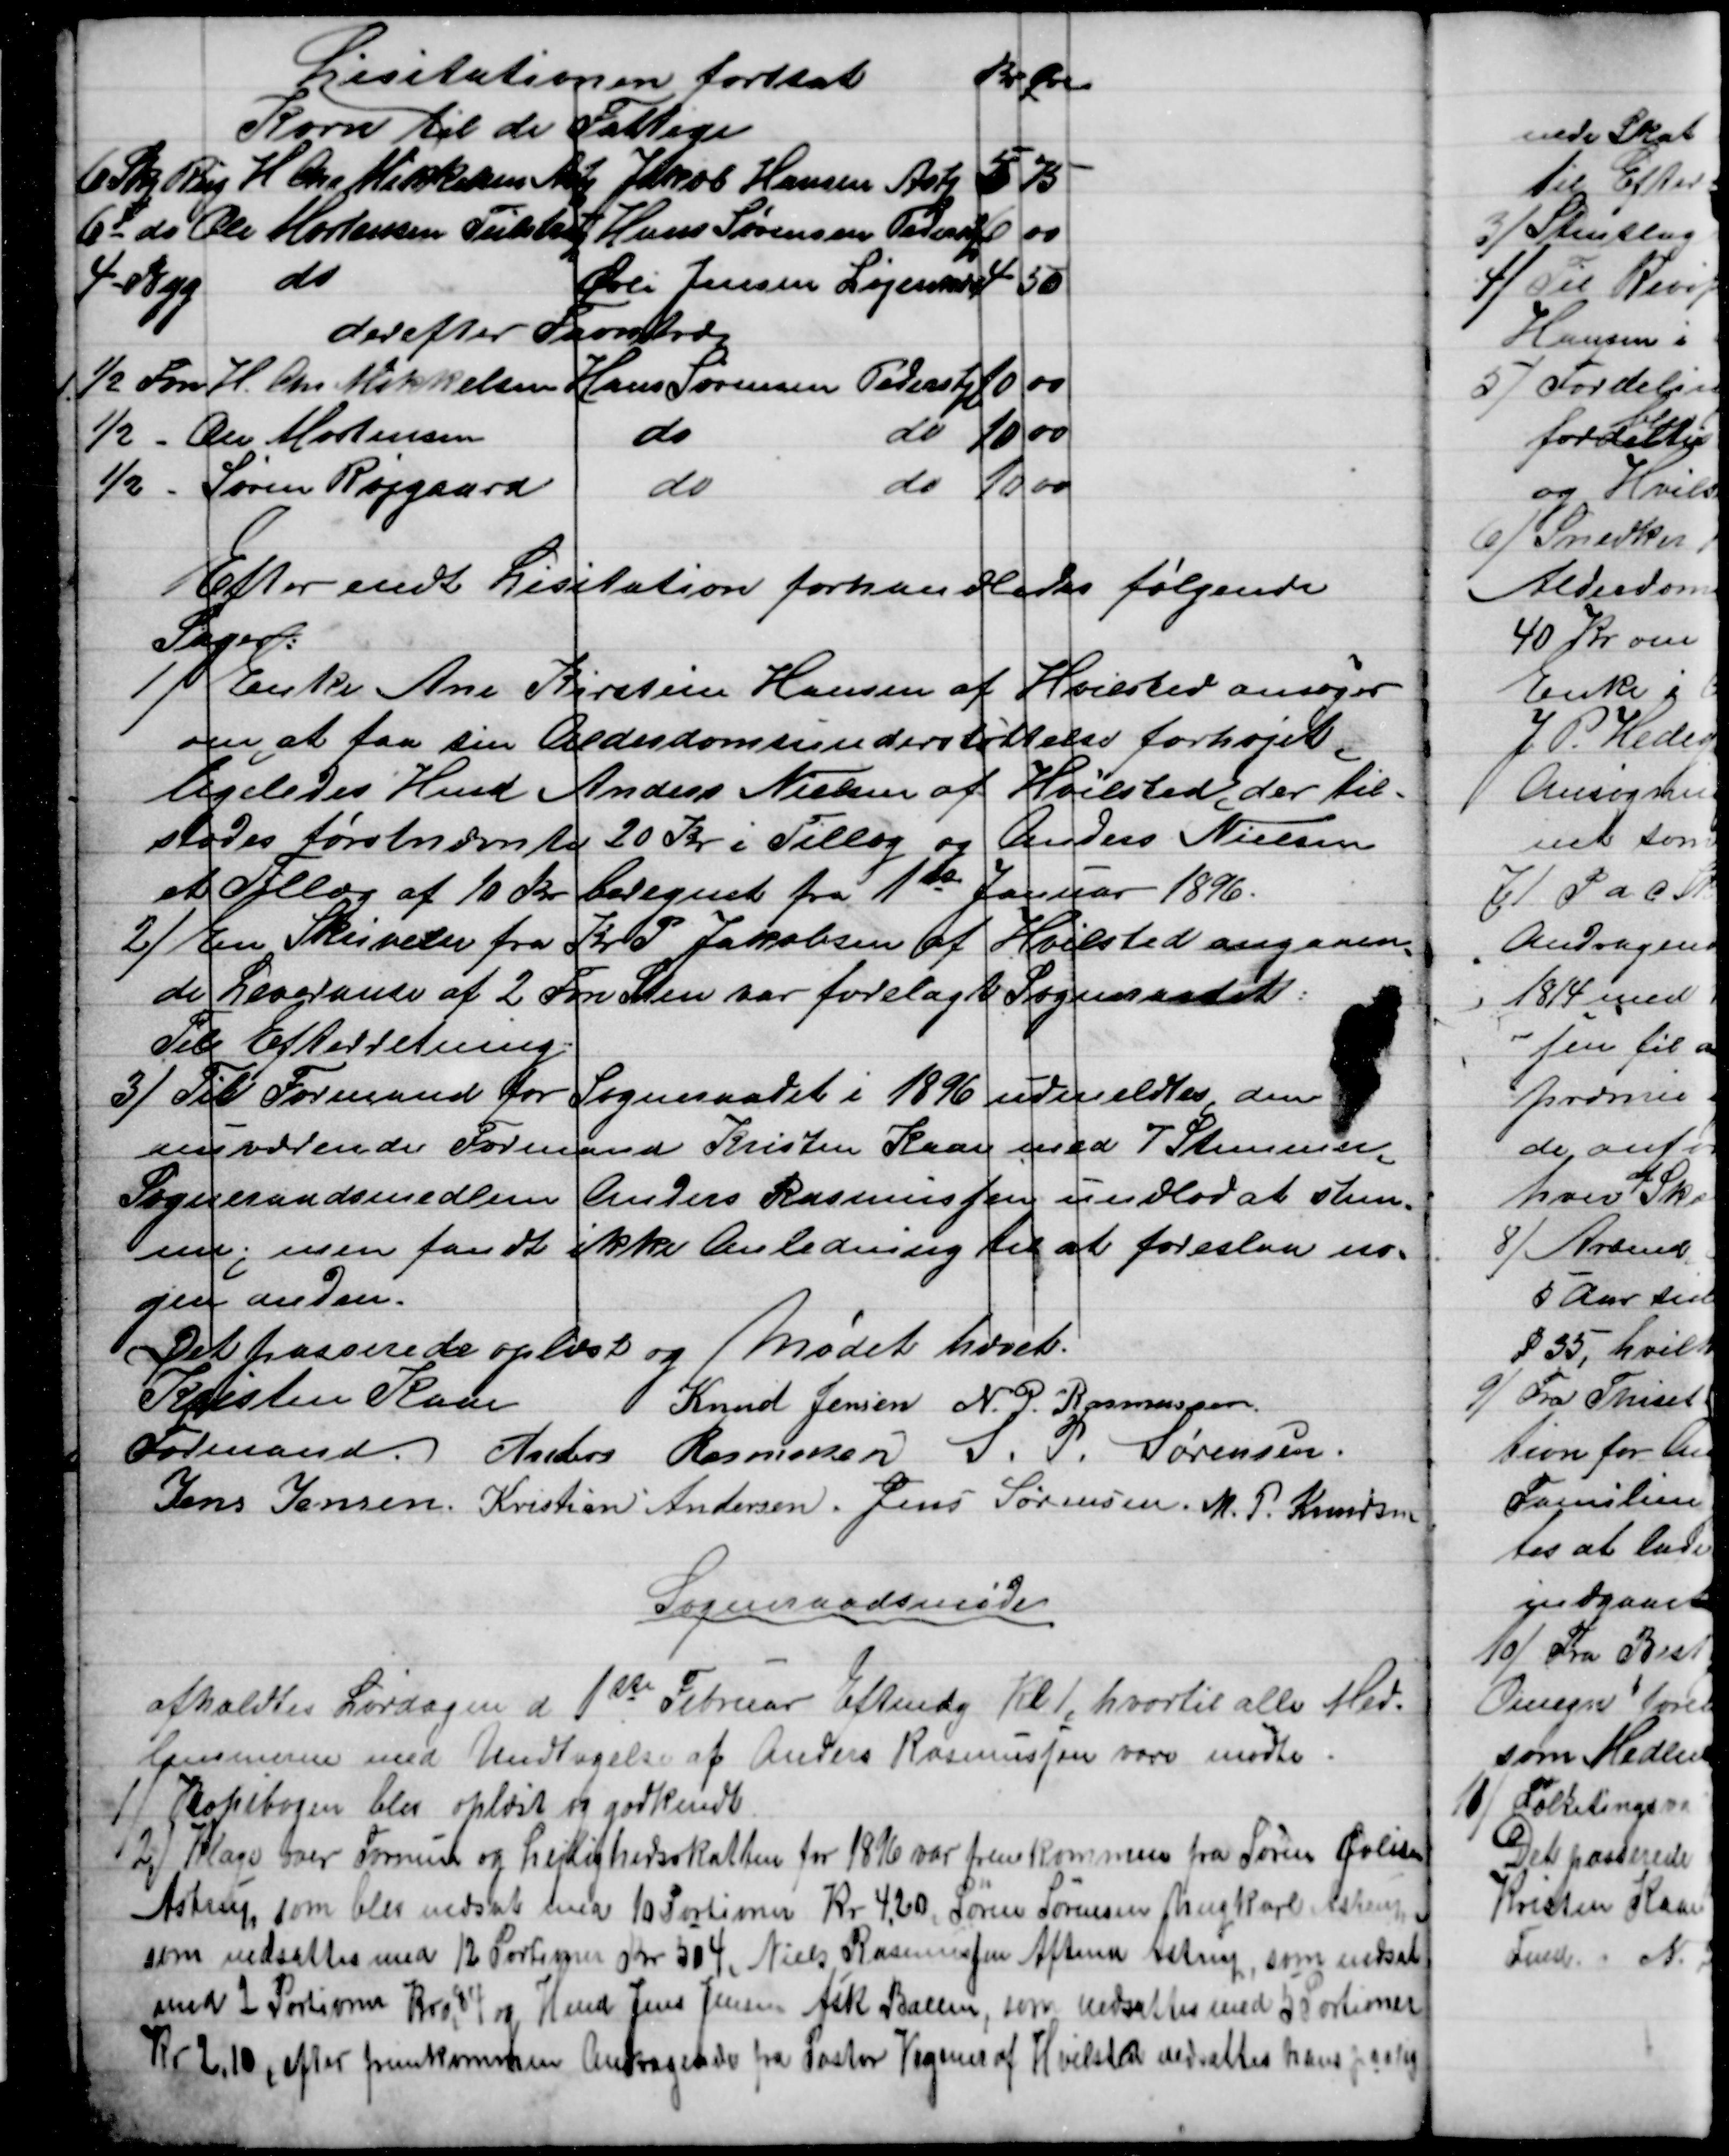
Transskription:
Lisitationen fortsat
Kr
Øre
Korn til de Fattige
6 Skp Rug
H Chr Mikkelsen Astp
 Jakob Hansen Astp
5 
75
6 - do
Ole Mortensen Tulstrup
Hans Sørensen Pederstp
6
00
4 - Byg
do
Øvli Jensen Løjenkær
4
50
derefter Favntræ
½ Fvn
H. Chr Mikkelsen
Hans Sørensen Pederstp
10
00
½ -
Ole Mortensen
do
do
10
00
½ -
Søren Røjgaard
do
do
10
00
Efter endt Lisitation forhandledes følgende
Sager:
1)
Enke Ane Kirstine Hansen af Hvilsted ansøger
om at faa sin Alderdomsunderstøttelse forhøjet,
ligeledes Hmd Anders Nielsen af Hvilsted, der til-
stodes førstnævnte 20 Kr i Tillæg og Anders Nielsen
et Tillæg af 10 Kr. beregnet fra 1st Januar 1896.
2) 
En Skrivelse fra Kr P Jakobsen af Hvilsted angaaen=
de Leveranse af 2 Fvn Sten var forelagt Sogneraadet:
Til Efterretning.
3) 
Til Formand for Sogneraadet i 1896 udmeldtes den
nuværende Formand Kristen Kaae med 7 Stemmer.
Sogneraadsmedlem Anders Rasmussen undlod at stem-
me, men fandt ikke Anledning til at foreslaa no=
gen anden.
Det passerede oplæst og Mødet hævet.
Kristen Kaae
Formand. 
Knud Jensen N. P. Rasmussen
Anders Rasmussen S. P. Sørensen.
Jens Jensen. Kristian Andersen. Jens Sørensen. M. P. Knudsen
Sogneraadsmøde
afholdtes Lørdagen d 1ste Februar Eftmdg Kl. 1, hvortil alle Med-
lemmerne med Undtagelse af Anders Rasmussen vare mødte.
1) 
Kopibogen blev oplæst og godkendt
2) 
Klage over Formue og Lejlighedsskatten for 1896 var fremkommen fra Søren Øvlisen
Astrup, som blev nedsat med 10 Portioner Kr 4,20, Søren Sørensen Ungkarl, Astrup
som nedsattes med 12 Portioner Kr 504, Niels Rasmussen Aftmd Astrup, som nedsat
med 2 Portioner Kr. 0,84 og Hmd Jens Jensen Ask Ballen, som nedsattes med 5 Portioner
Kr 2,10, efter fremkommen Andragende fra Pastor Vegener af Hvilsted nedsattes hans paalig